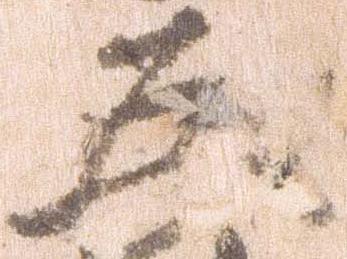
五